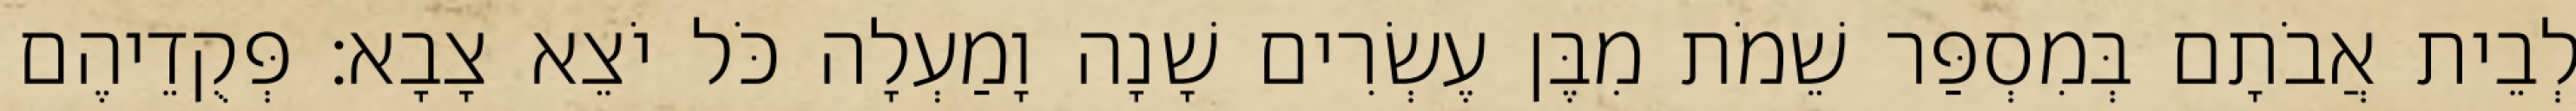
לְבֵית אֲבֹתָם בְּמִסְפַּר שֵׁמֹת מִבֶּן עֶשְׂרִים שָׁנָה וָמַעְלָה כֹּל יֹצֵא צָבָא׃ פְּקֻדֵיהֶם